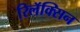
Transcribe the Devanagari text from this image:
रिलॅक्सिन